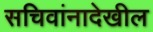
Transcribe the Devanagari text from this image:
सचिवांनादेखील